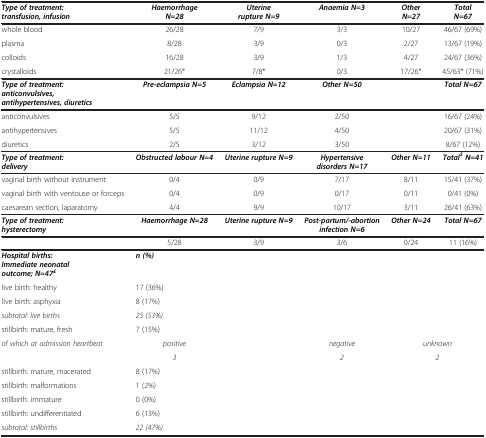
| Type of treatment: transfusion, infusion | Haemorrhage N=28 | Uterine rupture N=9 | Anaemia N=3 | Other N=27 | Total N=67 |
 | --- | --- | --- | --- | --- | --- |
 | whole blood | 26/28 | 7/9 | 3/3 | 10/27 | 46/67 (69%) |
 | plasma | 8/28 | 3/9 | 0/3 | 2/27 | 13/67 (19%) |
 | colloids | 16/28 | 3/9 | 1/3 | 4/27 | 24/67 (36%) |
 | crystalloids | 21/26* | 7/8* | 0/3 | 17/26* | 45/63* (71%) |
 | Type of treatment: anticonvulsives, antihypertensives, diuretics | Pre-eclampsia N=5 | Eclampsia N=12 | Other N=50 |  | Total N=67 |
 | anticonvulsives | 5/5 | 9/12 | 2/50 |  | 16/67 (24%) |
 | antihypertensives | 5/5 | 11/12 | 4/50 |  | 20/67 (31%) |
 | diuretics | 2/5 | 3/12 | 3/50 |  | 8/67 (12%) |
 | Type of treatment: delivery | Obstructed labour N=4 | Uterine rupture N=9 | Hypertensive disorders N=17 | Other N=11 | Total$N=41 |
 | vaginal birth without instrument | 0/4 | 0/9 | 7/17 | 8/11 | 15/41 (37%) |
 | vaginal birth with ventouse or forceps | 0/4 | 0/9 | 0/17 | 0/11 | 0/41 (0%) |
 | caesarean section, laparatomy | 4/4 | 9/9 | 10/17 | 3/11 | 26/41 (63%) |
 | Type of treatment: hysterectomy | Haemorrhage N=28 | Uterine rupture N=9 | Post-partum/-abortion infection N=6 | Other N=24 | Total N=67 |
 |  | 5/28 | 3/9 | 3/6 | 0/24 | 11 (16%) |
 | Hospital births: Immediate neonatal outcome; N=47£ | <COLSPAN=5> n (%) |
 | live birth: healthy | <COLSPAN=5> 17 (36%) |
 | live birth: asphyxia | <COLSPAN=5> 8 (17%) |
 | subtotal: live births | <COLSPAN=5> 25 (53%) |
 | stillbirth: mature, fresh | <COLSPAN=5> 7 (15%) |
 | of which at admission heartbeat | positive |  | negative | <COLSPAN=2> unknown |
 |  | 3 |  | 2 | <COLSPAN=2> 2 |
 | stillbirth: mature, macerated | <COLSPAN=5> 8 (17%) |
 | stillbirth: malformations | <COLSPAN=5> 1 (2%) |
 | stillbirth: immature | <COLSPAN=5> 0 (0%) |
 | stillbirth: undifferentiated | <COLSPAN=5> 6 (13%) |
 | subtotal: stillbirths | <COLSPAN=5> 22 (47%) |